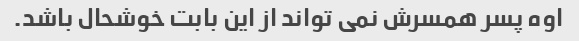
اوه پسر همسرش نمی تواند از این بابت خوشحال باشد.